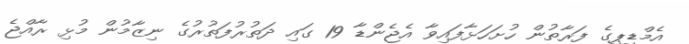
އެމްޑީޕީގެ ފަރާތުން ހުށަހަޅާފައިވާ އެޖެންޑާ 19 ގައިި ދަތުރުފަތުރުގެ ނިޒާމުން މުޅި ރާއްޖެ